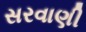
સરવાણી